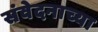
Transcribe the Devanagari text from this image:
संवेदनाच्या